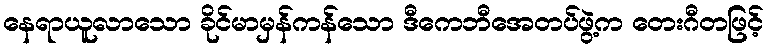
နေရာယူလာသော ခိုင်မာမှန်ကန်သော ဒီကေဘီအေတပ်ဖွဲ့က တေးဂီတဖြင့်